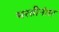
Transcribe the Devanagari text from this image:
भरतीनंतर